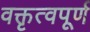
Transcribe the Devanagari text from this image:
वक्तृत्वपूर्ण